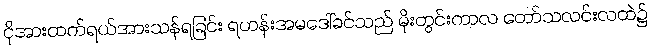
ငိုအားထက်ရယ်အားသန်ရခြင်း ရဟန်းအမဒေါ်ခင်သည် မိုးတွင်းကာလ တော်သလင်းလထဲ၌